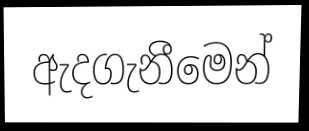
ඇදගැනීමෙන්